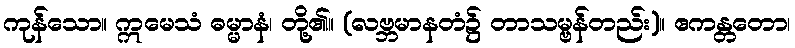
ကုန်သော။ ဣမေသံ ဓမ္မာနံ၊ တို့၏။ (လဗ္ဘမာနတံ၌ တာသမ္ဗန်တည်း)။ ဧကန္တတော၊